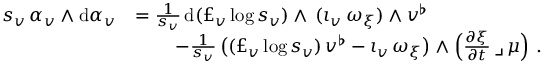
\begin{array} { r l } { s _ { v } \, \alpha _ { v } \wedge \mathrm { d } \alpha _ { v } } & { = \frac { 1 } { s _ { v } } \, \mathrm { d } ( \pounds _ { v } \log s _ { v } ) \wedge \, ( \iota _ { v } \, \omega _ { \xi } ) \wedge v ^ { \flat } } \\ & { \qquad \, - \frac { 1 } { s _ { v } } \, \big ( ( \pounds _ { v } \log s _ { v } ) \, v ^ { \flat } - \iota _ { v } \, \omega _ { \xi } \big ) \wedge \Big ( \frac { \partial \xi } { \partial t } \, \lrcorner \, \mu \Big ) \ . } \end{array}